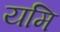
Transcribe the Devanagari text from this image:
यमि